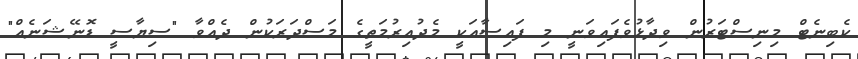
ކެބިނެޓް މިނިސްޓަރުން ވިދާޅުވެފައިވަނީ މި ފައިސާއަކީ މެދުއިރުމަތީގެ މަސްދަރަކުން ދެއްވާ "ސިޔާސީ ޑޮނޭޝަނެއް"